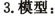
3.模型：